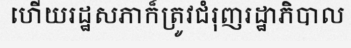
ហើយរដ្ឋសភាក៏ត្រូវជំរុញរដ្ឋាភិបាល